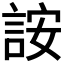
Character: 𬢨